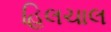
હિલચાલ